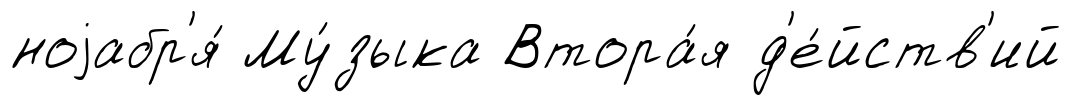
ноjабр'я́ Му́зыка Втора́я д'е́йств'ий